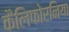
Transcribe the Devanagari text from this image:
कैलिफोरनिया